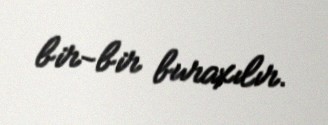
bir-bir buraxılır.